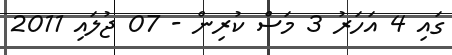
ގައި 4 އަހަރު 3 މަސް ކުރިން - 07 ޖުލައި 2011